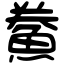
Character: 鮝